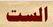
الست